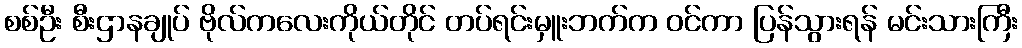
စစ်ဦး စီးဌာနချုပ် ဗိုလ်ကလေးကိုယ်တိုင် တပ်ရင်းမှူးဘက်က ဝင်ကာ ပြန်သွားရန် မင်းသားကြီး